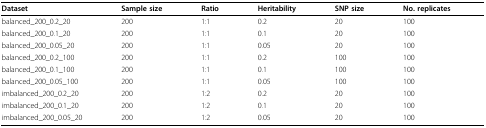
| Dataset | Sample size | Ratio | Heritability | SNP size | No. replicates |
 | --- | --- | --- | --- | --- | --- |
 | balanced_200_0.2_20 | 200 | 1:1 | 0.2 | 20 | 100 |
 | balanced_200_0.1_20 | 200 | 1:1 | 0.1 | 20 | 100 |
 | balanced_200_0.05_20 | 200 | 1:1 | 0.05 | 20 | 100 |
 | balanced_200_0.2_100 | 200 | 1:1 | 0.2 | 100 | 100 |
 | balanced_200_0.1_100 | 200 | 1:1 | 0.1 | 100 | 100 |
 | balanced_200_0.05_100 | 200 | 1:1 | 0.05 | 100 | 100 |
 | imbalanced_200_0.2_20 | 200 | 1:2 | 0.2 | 20 | 100 |
 | imbalanced_200_0.1_20 | 200 | 1:2 | 0.1 | 20 | 100 |
 | imbalanced_200_0.05_20 | 200 | 1:2 | 0.05 | 20 | 100 |